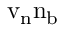
{ \mathrm { v } } _ { \mathrm { n } } { \mathrm { n } } _ { \mathrm { b } }